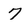
Character: 7